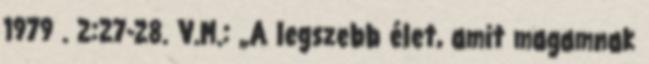
1979 . 2:27-28. V.M.: „A legszebb élet, amit magamnak